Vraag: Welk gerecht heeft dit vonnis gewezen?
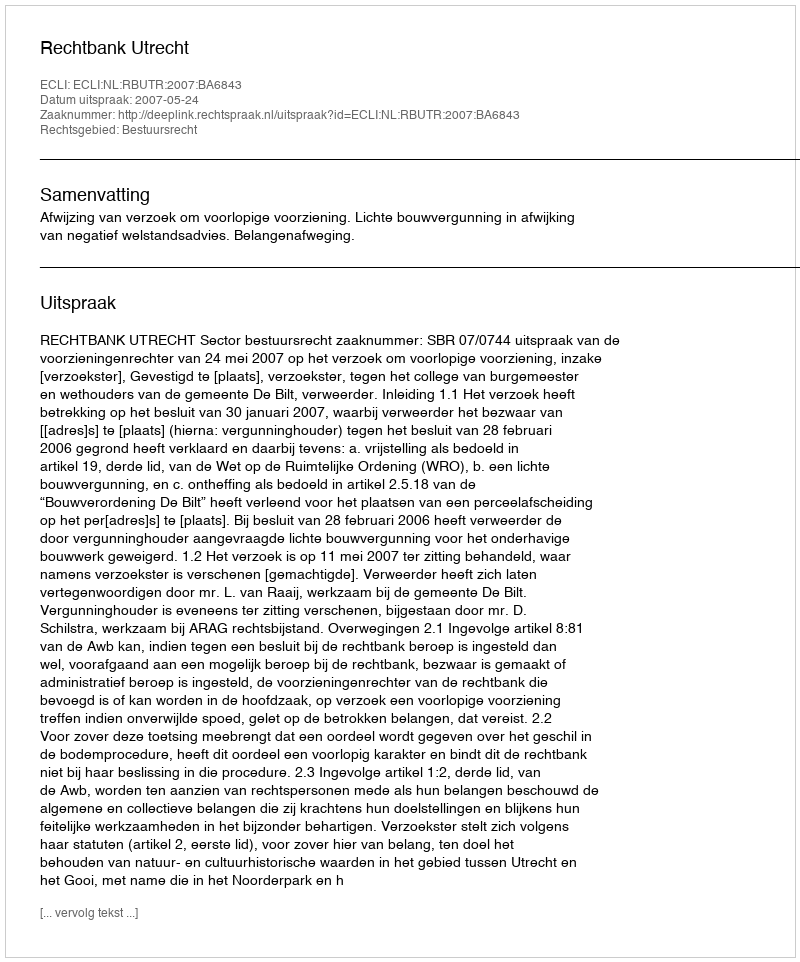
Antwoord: Rechtbank Utrecht